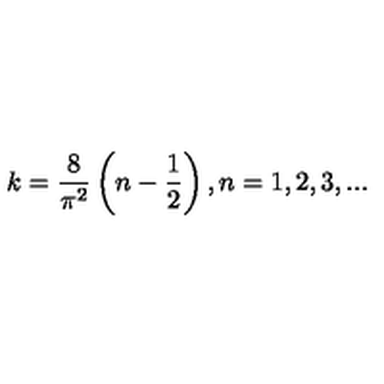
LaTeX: k = \frac { 8 } { \pi ^ { 2 } } \left( n - \frac { 1 } { 2 } \right) , n = 1 , 2 , 3 , . . .